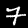
Label: 7